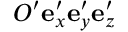
O ^ { \prime } \mathbf { e } _ { x } ^ { \prime } \mathbf { e } _ { y } ^ { \prime } \mathbf { e } _ { z } ^ { \prime }